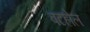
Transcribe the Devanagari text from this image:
बटहोल